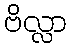
ဗိလ္လာ